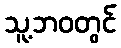
သူ့ဘဝတွင်